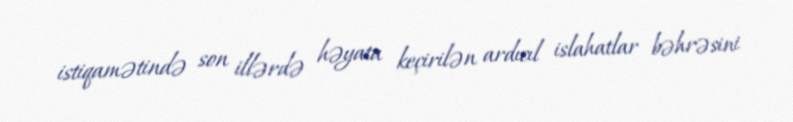
istiqamətində son illərdə həyata keçirilən ardıcıl islahatlar bəhrəsini